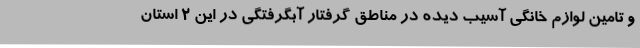
و تامین لوازم خانگی آسیب دیده در مناطق گرفتار آبگرفتگی در این 2 استان